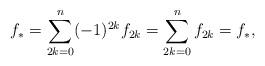
LaTeX: \begin{align*}f_*=\sum_{2k=0}^n (-1)^{2k}f_{2k}= \sum_{2k=0}^n f_{2k} = f_*,\end{align*}